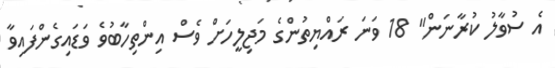
އެ ސުވާލު ކުރާނަން" 18 ވަނަ ރައްޔިތުންގެ މަޖިލީހަށް ވެސް އިންތިހާބުވެ ވަޑައިގެންފައިވާ